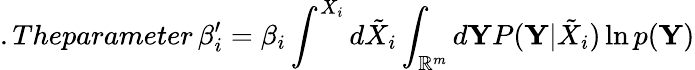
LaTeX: .Theparameter\, \beta_{i}^{\prime}=\beta_{i}\int^{X_{i}}d\tilde{X}_{i}\int_{\mathbb{R}^{m}}d\mathbf{Y}P(\mathbf{Y}|\tilde{X}_{i})\ln p(\mathbf{Y})